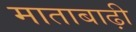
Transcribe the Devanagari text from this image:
माताबाढ़ी